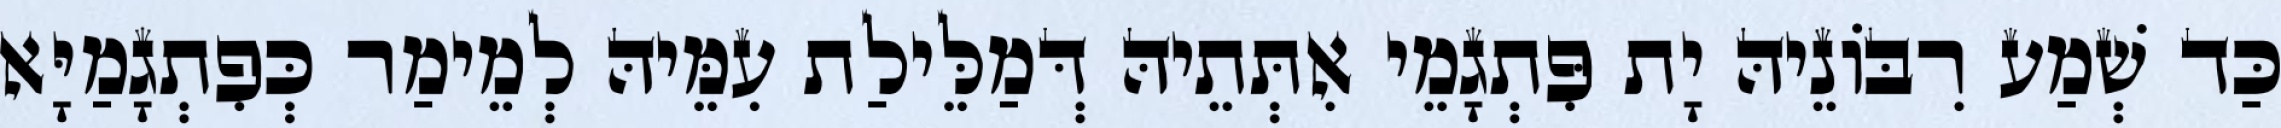
כַּד שְׁמַע רִבּוֹנֵיהּ יָת פִּתְגָמֵי אִתְּתֵיהּ דְּמַלֵּילַת עִמֵּיהּ לְמֵימַר כְּפִתְגָמַיָּא